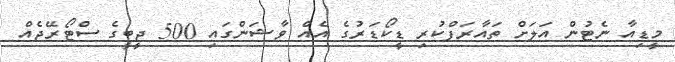
މީޑިއާ ނެޓުން އަލަށް ތައާރަފްކުރި ޑީކޯޑަރުގެ އެއް ވާޝަންގައި 500 ޖީބީގެ ސްޓޯރޭޖެއް